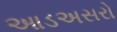
આડઅસરો